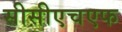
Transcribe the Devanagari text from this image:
सीसीएचएफ